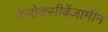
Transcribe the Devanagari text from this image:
फेनोक्सीबेंजामीन